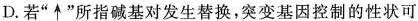
D.若”\uparrow”所指碱基对发生替换，突变基因控制的性状可